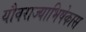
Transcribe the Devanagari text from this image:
यौवराज्याभिषेकास